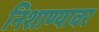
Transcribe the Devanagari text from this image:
निशाण्यावर